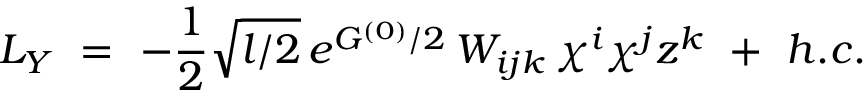
{ \cal L } _ { Y } ~ = ~ - \frac { 1 } { 2 } \sqrt { l / 2 } \, e ^ { G ^ { ( 0 ) } / 2 } \, W _ { i j k } \, \chi ^ { i } \chi ^ { j } z ^ { k } ~ + ~ h . c .